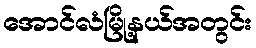
အောင်လံမြို့နယ်အတွင်း